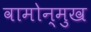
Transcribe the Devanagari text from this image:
वामोन्मुख